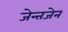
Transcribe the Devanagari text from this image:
जेन्तजेन